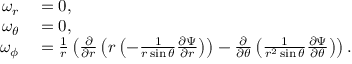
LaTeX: \begin{array} { r l } { \omega _ { r } } & { { } = 0 , } \\ { \omega _ { \theta } } & { { } = 0 , } \\ { \omega _ { \phi } } & { { } = { \frac { 1 } { r } } \left( { \frac { \partial } { \partial r } } \left( r \left( - { \frac { 1 } { r \sin \theta } } { \frac { \partial \Psi } { \partial r } } \right) \right) - { \frac { \partial } { \partial \theta } } \left( { \frac { 1 } { r ^ { 2 } \sin \theta } } { \frac { \partial \Psi } { \partial \theta } } \right) \right) . } \end{array}